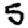
Digit: 5